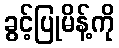
ခွင့်ပြုမိန့်ကို